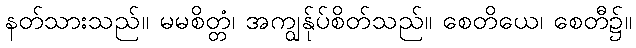
နတ်သားသည်။ မမစိတ္တံ၊ အကျွန်ုပ်စိတ်သည်။ စေတိယေ၊ စေတီ၌။